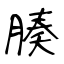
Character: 腠